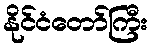
နိုင်ငံတော်ကြီး